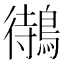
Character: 𪃝